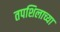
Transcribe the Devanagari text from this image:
तपशिलाच्या